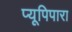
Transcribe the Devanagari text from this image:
प्यूपिपारा